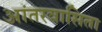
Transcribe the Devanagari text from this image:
आंतरवासिता